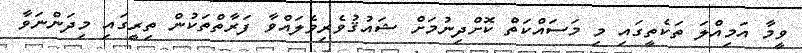
ވީމާ އަމިއްލަ ތަކެތީގައި މި މަސައްކަތް ކޮށްދިނުމަށް ޝައުޤުވެރިވެލައްވާ ފަރާތްތަކުން ތިރީގައި މިދަންނަވާ